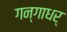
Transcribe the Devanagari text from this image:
गन्गाधर्